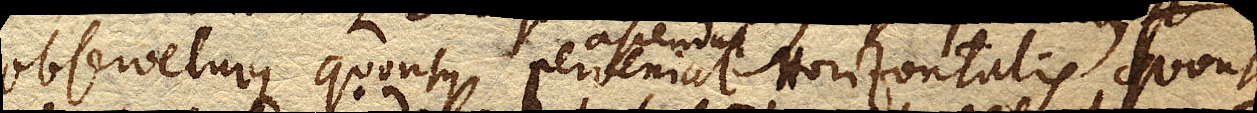
observeturque quousque perveniat ascendat Horizontalis, quousque